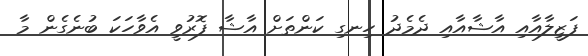
ފަޒީލާއާއި އާޝާއާއި ދެމެދު ހިނގި ކަންތަށް އާޝާ ފޮރުވީ އެވާހަކަ ބުނެގެން މާ